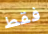
فقط